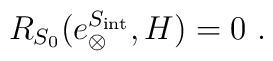
R_{S_0}(e_{\otimes}^{S_{\mathrm{int}}},H)=0  \ .